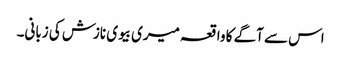
اس سے آگے کا واقعہ میری بیوی نازش کی زبانی۔